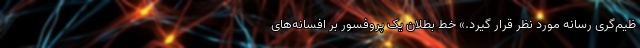
ظیم‌گری رسانه مورد نظر قرار گیرد.» خط بطلان یک پروفسور بر افسانه‌های